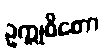
ဥက္ကုဓိတော